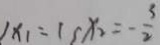
1 x _ { 1 } = 1 , x _ { 2 } = - \frac { 3 } { 2 }